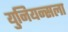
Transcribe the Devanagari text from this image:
युनियन्सला